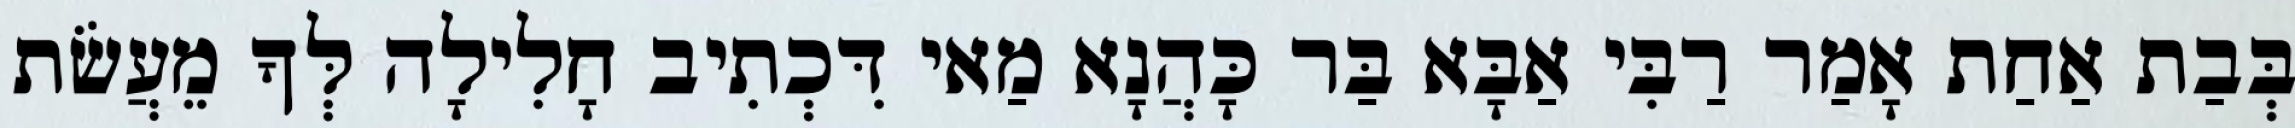
בְּבַת אַחַת אָמַר רַבִּי אַבָּא בַּר כָּהֲנָא מַאי דִּכְתִיב חָלִילָה לְּךָ מֵעֲשֹׂת